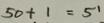
5 0 + 1 = 5 1